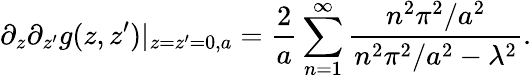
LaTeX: \partial_{z}\partial_{z^{\prime}}g(z,z^{\prime})|_{z=z^{\prime}=0,a}={\frac{2}{a}}\sum_{n=1}^{\infty}{\frac{n^{2}\pi^{2}/a^{2}}{n^{2}\pi^{2}/a^{2}-\lambda^{2}}}.